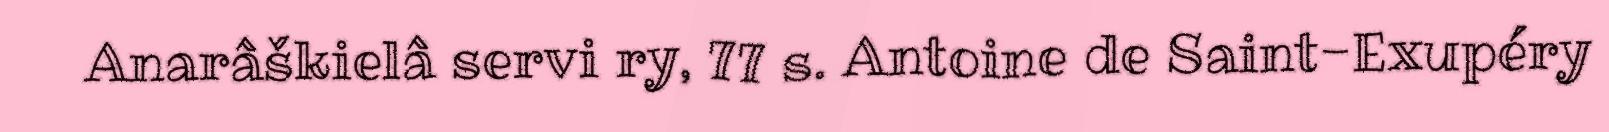
Anarâškielâ servi ry, 77 s. Antoine de Saint-Exupéry